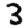
Digit: 3